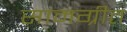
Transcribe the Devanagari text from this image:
सामग्रीत